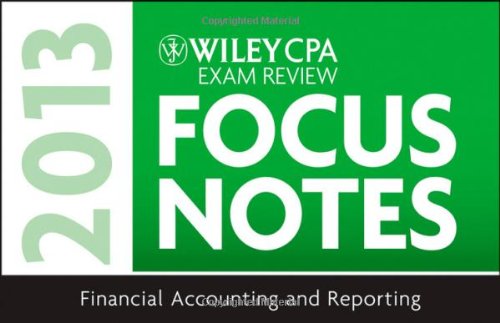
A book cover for Wiley CPA Examination Review 2013 Focus Notes, Financial Accounting and Reporting; Wiley; Test Preparation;